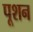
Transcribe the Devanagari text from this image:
पूशन